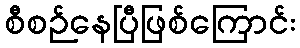
စီစဉ်နေပြီဖြစ်ကြောင်း